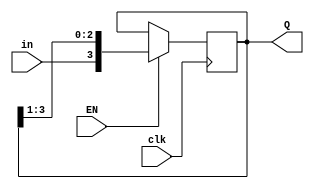
module shiftreg(EN, in, clk, Q);
parameter n = 4;
input EN,in,clk;
output [n-1:0] Q;
reg [n-1:0] Q;

initial
	Q = 4'd0;
	always @(posedge clk)
	begin
	if(EN)
	Q = {in,Q[n-1:1]};
end


endmodule